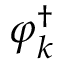
\boldsymbol { \varphi } _ { k } ^ { \dagger }